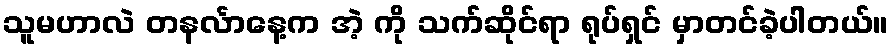
သူမဟာလဲ တနင်္လာနေ့က အဲ့ ကို သက်ဆိုင်ရာ ရုပ်ရှင် မှာတင်ခဲ့ပါတယ်။